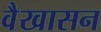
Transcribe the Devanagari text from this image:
वैखासन